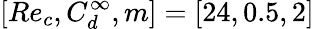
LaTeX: [Re_{c},C_{d}^{\infty},m]=[24,0.5,2]